Punjab Mental Hospital Lahore 1922-31 - 1922-1931
Year: 1922
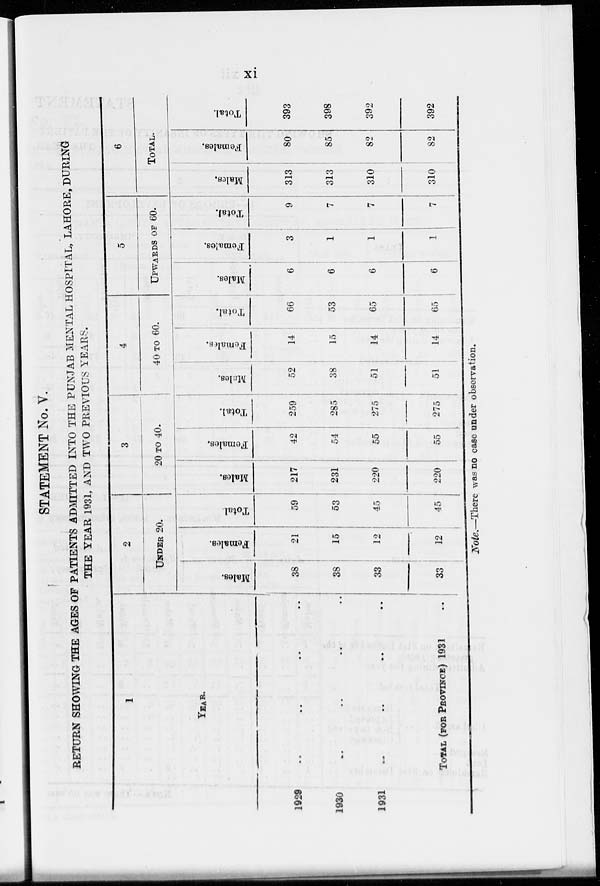
xi
STATEMENT No. V.
RETURN SHOWING THE AGES OF PATIENTS ADMITTED INTO THE PUNJAB MENTAL HOSPITAL, LAHORE, DURING
THE YEAR 1931, AND TWO PREVIOUS YEARS.
1
YEAR.
1929
..
..
..
..
1930 .. .. .. ..
1931 .. .. .. ..
TOTAL (FOR PROVINCE) 1931
2
UNDER 20.
Males.
38
38
33
33
Females.
21
15
12
12
Total
59
53
45
45
3
20 TO 40.
Males.
217
231
220
220
Females.
42
54
55
55
Total.
259
285
275
275
4
40 TO 60.
Males.
52
38
51
51
Females.
14
15
14
14
Total.
66
53
65
65
5
UPWARDS OF 60.
Males.
6
6
6
6
Females.
3
1
1
1
Total.
9
7
7
7
6
TOTAL.
Males.
313
313
310
310
Females.
80
85
82
82
Total.
393
398
392
392
Note.—There was no case under observation.